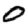
Digit: 0